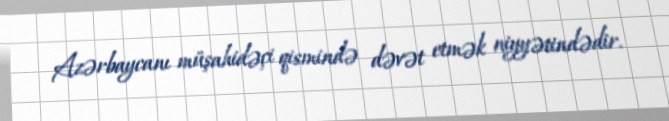
Azərbaycanı müşahidəçi qismində dəvət etmək niyyətindədir.